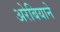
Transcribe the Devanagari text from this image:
अरेबियाने